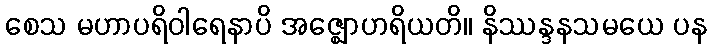
စေသ မဟာပရိဝါရေနာပိ အဇ္ဈောဟရိယတိ။ နိဿန္ဒနသမယေ ပန